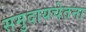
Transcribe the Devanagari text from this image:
समुदायचेतना